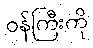
ဝန်ကြီးကို